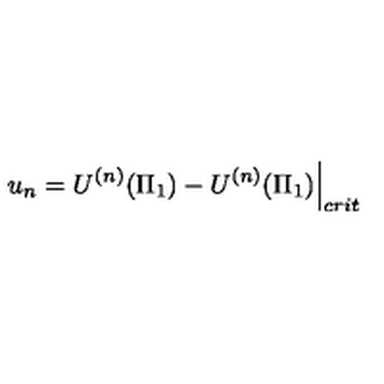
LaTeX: \left. u _ { n } = U ^ { ( n ) } ( \Pi _ { 1 } ) - U ^ { ( n ) } ( \Pi _ { 1 } ) \right| _ { c r i t }